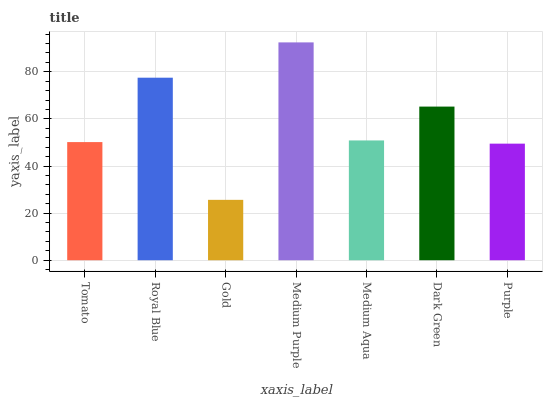
| xaxis_label | bars |
 | --- | --- |
 | Tomato | 50.2 |
 | Royal Blue | 77.5 |
 | Gold | 25.6 |
 | Medium Purple | 92.5 |
 | Medium Aqua | 50.9 |
 | Dark Green | 65.2 |
 | Purple | 49.5 |